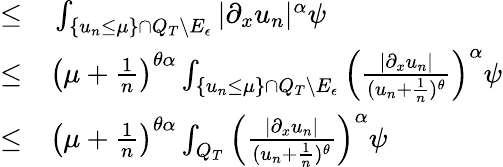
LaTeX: \begin{array}{rl}{\leq}&{{}\int_{\{ u_{n}\leq\mu\} \cap Q_{T}\backslash E_{\epsilon}}|\partial_{x}u_{n}|^{\alpha}\psi}\\ {\leq}&{{}\left(\mu+\frac{1}{n}\right)^{\theta\alpha}\int_{\{ u_{n}\leq\mu\} \cap Q_{T}\backslash E_{\epsilon}}\left(\frac{|\partial_{x}u_{n}|}{(u_{n}+\frac{1}{n})^{\theta}}\right)^{\alpha}\psi}\\ {\leq}&{{}\left(\mu+\frac{1}{n}\right)^{\theta\alpha}\int_{Q_{T}}\left(\frac{|\partial_{x}u_{n}|}{(u_{n}+\frac{1}{n})^{\theta}}\right)^{\alpha}\psi}\end{array}